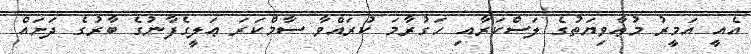
އެއީ އަމީރު މުޢާވިޔަތުގެ ލަސްކަރާއި ހަގުރާމަ ކުރައްވާ ސާމްކަރަ ޢަލީގެފާނުގެ ބާރުގެ ދަށައް